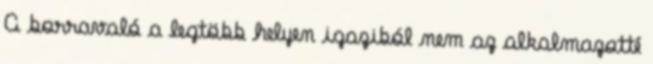
A borravaló a legtöbb helyen igaziból nem az alkalmazotté